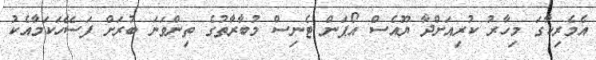
އެމެރިކާގަ މިހާރު ކުރިއަށްދާ ޔޫއެސް އޯޕަން ޓެނިސް މުބާރާތުގެ ތިންވަނަ ބުރަށް ފަސޭހަކަމާއެކު